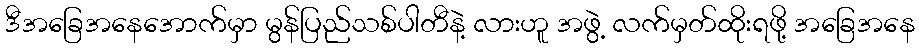
ဒီအခြေအနေအောက်မှာ မွန်ပြည်သစ်ပါတီနဲ့ လားဟူ အဖွဲ့ လက်မှတ်ထိုးရဖို့ အခြေအနေ